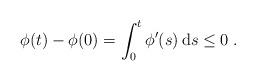
LaTeX: \begin{align*}\phi(t) - \phi(0) = \int_0^t\phi'(s)\,\mathrm{d}s \le 0\;.\end{align*}